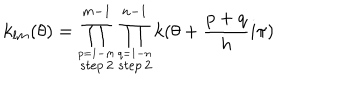
LaTeX: k _ { l m } ( \theta ) = \prod _ { \stackrel { p = 1 - m } { s t e p \, 2 } } ^ { m - 1 } \prod _ { \stackrel { q = 1 - n } { s t e p \, 2 } } ^ { n - 1 } k ( \theta + { \frac { p + q } { h } } i \pi )